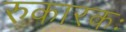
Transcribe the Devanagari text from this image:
रुकारकः